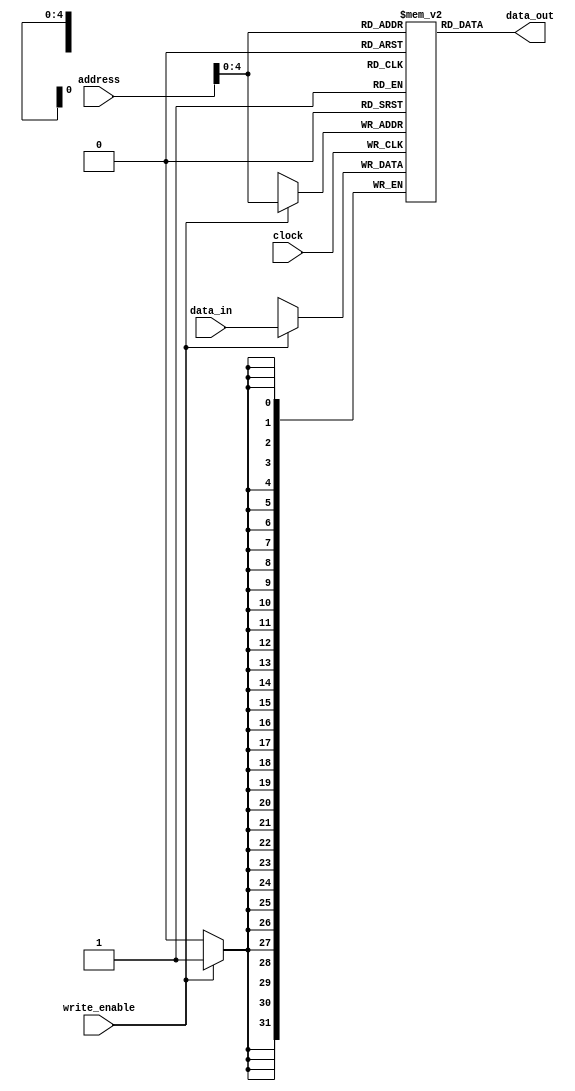
module single_port_register_file (
    input wire [31:0] address,
    input wire [31:0] data_in,
    input wire write_enable,
    input wire clock,
    output reg [31:0] data_out
);

reg [31:0] registers [0:31];

always @(posedge clock) begin
    if (write_enable) begin
        registers[address] <= data_in;
    end
end

assign data_out = registers[address];

endmodule